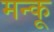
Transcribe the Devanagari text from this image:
मन्कू